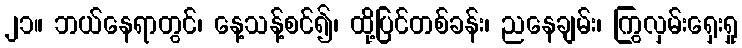
၂၁။ ဘယ်နေရာတွင်၊ နေ့သန့်စင်၍၊ ထို့ပြင်တစ်ခန်း၊ ညနေချမ်း၊ ကြွလှမ်းရှေးရှု